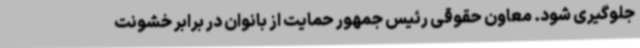
جلوگیری شود. معاون حقوقی رئیس جمهور حمایت از بانوان در برابر خشونت